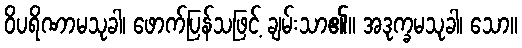
ဝိပရိဏာမသုခါ၊ ဖောက်ပြန်သဖြင့် ချမ်းသာ၏။ အဒုက္ခမသုခါ၊ သော။